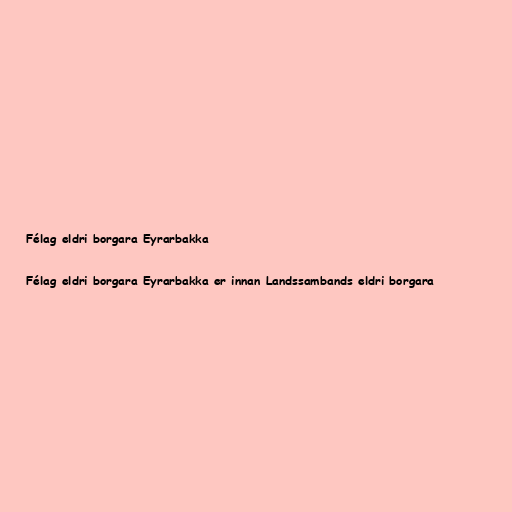
Félag eldri borgara Eyrarbakka

Félag eldri borgara Eyrarbakka er innan Landssambands eldri borgara